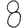
Digit: 8